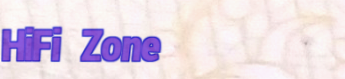
HiFi Zone